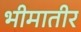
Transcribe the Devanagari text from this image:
भीमातीर